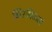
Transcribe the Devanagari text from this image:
झिरमिळ्या